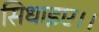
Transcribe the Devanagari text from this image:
सिधाइए।।